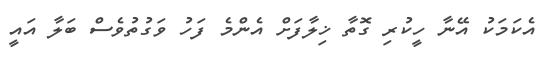
އެކަމަކު އޭނާ ހީކުރި ގޮތާ ޚިލާފަށް އެންމެ ފަހު ވަގުތުވެސް ބަލާ އައީ